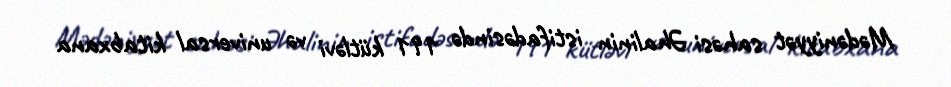
Mədəniyyət sahəsi Əhalinin istifadəsində 191 kütləvi və universal kitabxana